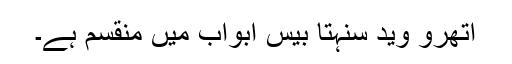
اتھرو وید سنہتا بیس ابواب میں منقسم ہے۔